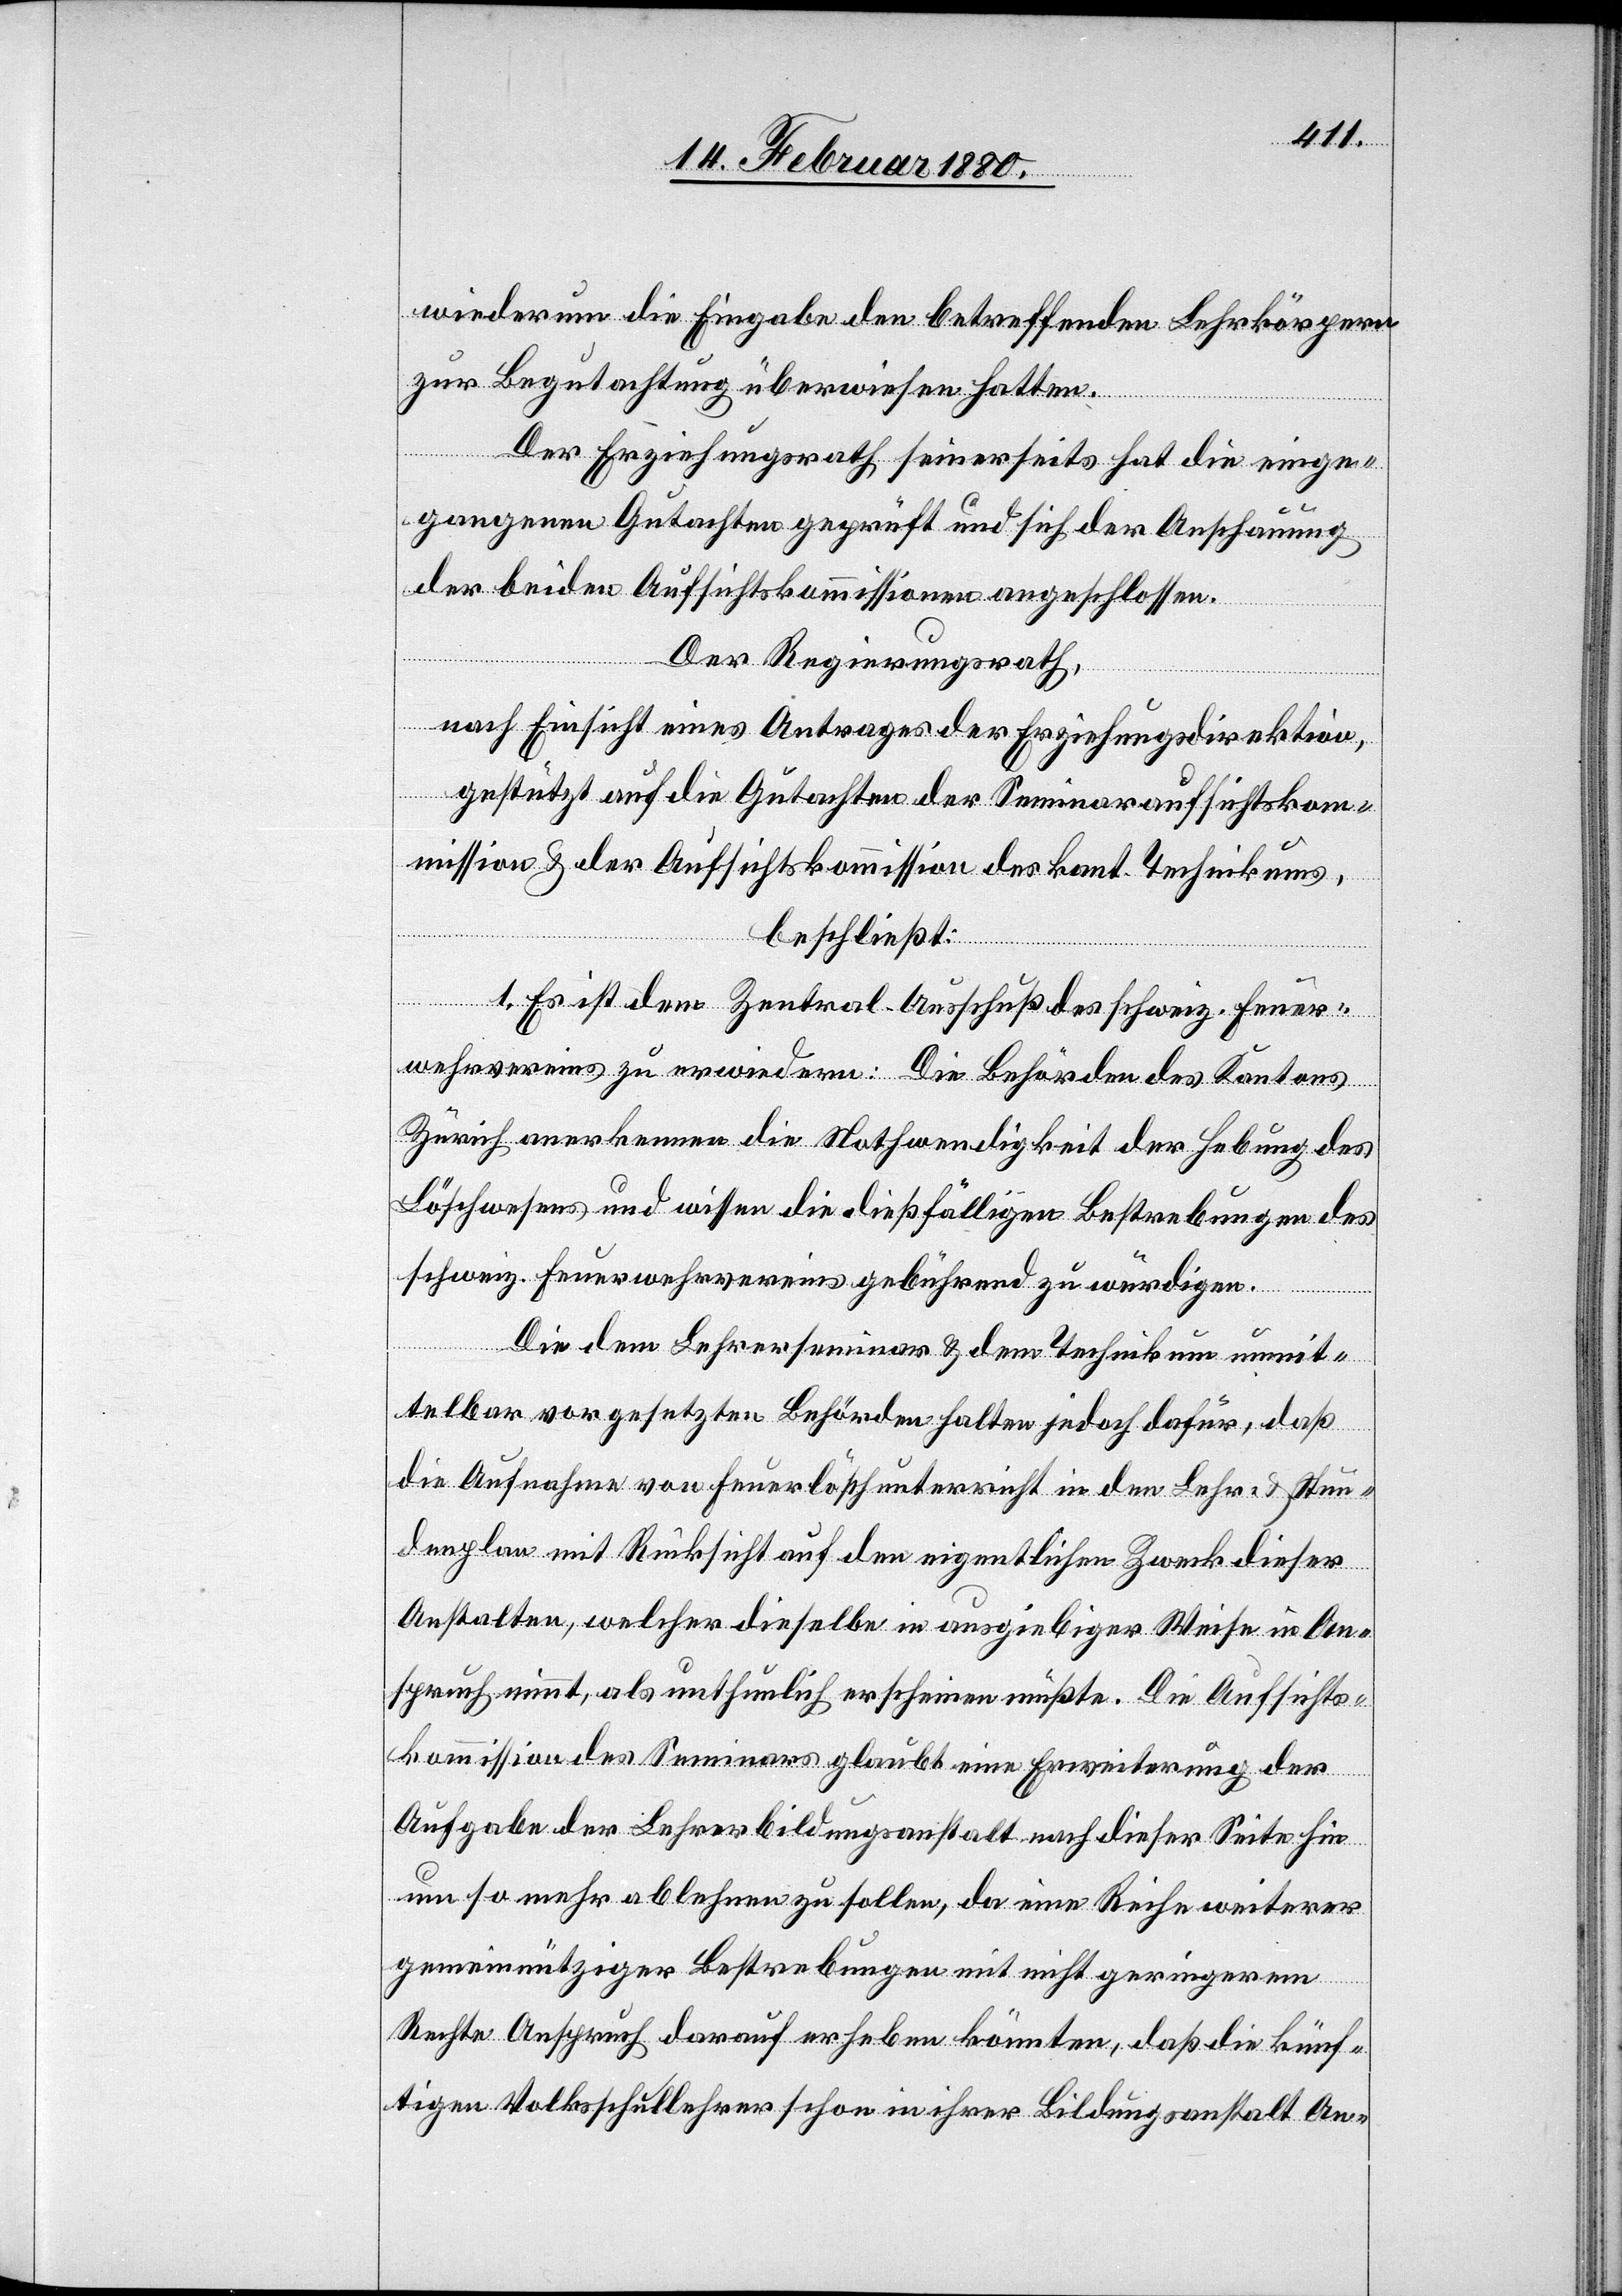
wiederum die Eingabe den betreffenden Lehrkörpern
zur Begutachtung überwiesen hatten.
Der Erziehungsrath seinerseits hat die einge¬
gangenen Gutachten geprüft und sich der Anschauung
der beiden Aufsichtskommissionen angeschlossen.
Der Regierungsrath,
nach Einsicht eines Antrages der Erziehungsdirektion,
gestützt auf die Gutachten der Seminaraufsichtsko¬
mmission & der Aufsichtskommission des kant. Technikums,
beschließt:
1. Es ist dem Zentral-Ausschuß des schweiz. Feuer¬
wehrvereins zu erwiedern: Die Behörden des Kantons
Zürich anerkennen die Nothwendigkeit der Hebung des
Löschwesens uns wissen die dießfälligen Bestrebungen des
schweiz. Feuerwehrvereins gebührend zu würdigen.
Die dem Lehrerseminar & dem Technikum unmit¬
telbar vorgesetzten Behörden halten jedoch dafür, daß
die Aufnahme von Feuerlöschunterricht in den Lehr- & Stun¬
denplan mit Rücksicht auf den eigentlichen Zweck dieser
Anstalten, welcher dieselbe in ausgiebiger Weise in An¬
spruch nimmt, als unthunlich erscheinen müßte. Die Aufsichts¬
kommission des Seminars glaubt eine Erweiterung der
Aufgabe der Lehrerbildungsanstalt nach dieser Seite hin
um so mehr ablehnen zu sollen, da eine Reihe weiterer
gemeinnütziger Bestrebungen mit nicht geringerem
Rechte Anspruch darauf erheben könnten, daß die künf¬
tigen Volksschullehrer schon in ihrer Bildungsanstalt An-